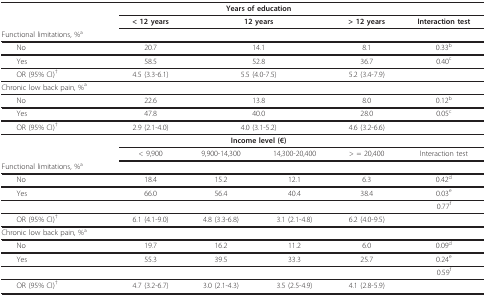
<table><thead><tr><td></td><td colspan="4"><b>Years of education</b></td><td></td></tr><tr><td></td><td><b>&lt; 12 years</b></td><td colspan="2"><b>12 years</b></td><td><b>&gt; 12 years</b></td><td><b>Interaction test</b></td></tr><tr><td><b>Functional limitations, %<sup>a</sup></b></td><td></td><td></td><td></td><td></td><td></td></tr></thead><tbody><tr><td> No</td><td>20.7</td><td colspan="2">14.1</td><td>8.1</td><td>0.33<sup>b</sup></td></tr><tr><td> Yes</td><td>58.5</td><td colspan="2">52.8</td><td>36.7</td><td>0.40<sup>c</sup></td></tr><tr><td> OR (95% CI)<sup>†</sup></td><td>4.5 (3.3-6.1)</td><td colspan="2">5.5 (4.0-7.5)</td><td>5.2 (3.4-7.9)</td><td></td></tr><tr><td>Chronic low back pain, %<sup>a</sup></td><td></td><td></td><td></td><td></td><td></td></tr><tr><td> No</td><td>22.6</td><td colspan="2">13.8</td><td>8.0</td><td>0.12<sup>b</sup></td></tr><tr><td> Yes</td><td>47.8</td><td colspan="2">40.0</td><td>28.0</td><td>0.05<sup>c</sup></td></tr><tr><td> OR (95% CI)<sup>†</sup></td><td>2.9 (2.1-4.0)</td><td colspan="2">4.0 (3.1-5.2)</td><td>4.6 (3.2-6.6)</td><td></td></tr><tr><td></td><td colspan="4"><b>Income level (€)</b></td><td></td></tr><tr><td></td><td>&lt; 9,900</td><td>9,900-14,300</td><td>14,300-20,400</td><td>&gt; = 20,400</td><td>Interaction test</td></tr><tr><td>Functional limitations, %<sup>a</sup></td><td></td><td></td><td></td><td></td><td></td></tr><tr><td> No</td><td>18.4</td><td>15.2</td><td>12.1</td><td>6.3</td><td>0.42<sup>d</sup></td></tr><tr><td> Yes</td><td>66.0</td><td>56.4</td><td>40.4</td><td>38.4</td><td>0.03<sup>e</sup></td></tr><tr><td></td><td></td><td></td><td></td><td></td><td>0.77<sup>f</sup></td></tr><tr><td> OR (95% CI)<sup>†</sup></td><td>6.1 (4.1-9.0)</td><td>4.8 (3.3-6.8)</td><td>3.1 (2.1-4.8)</td><td>6.2 (4.0-9.5)</td><td></td></tr><tr><td>Chronic low back pain, %<sup>a</sup></td><td></td><td></td><td></td><td></td><td></td></tr><tr><td> No</td><td>19.7</td><td>16.2</td><td>11.2</td><td>6.0</td><td>0.09<sup>d</sup></td></tr><tr><td> Yes</td><td>55.3</td><td>39.5</td><td>33.3</td><td>25.7</td><td>0.24<sup>e</sup></td></tr><tr><td></td><td></td><td></td><td></td><td></td><td>0.59<sup>f</sup></td></tr><tr><td> OR (95% CI)<sup>†</sup></td><td>4.7 (3.2-6.7)</td><td>3.0 (2.1-4.3)</td><td>3.5 (2.5-4.9)</td><td>4.1 (2.8-5.9)</td><td></td></tr></tbody></table>